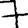
Digit: 7